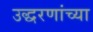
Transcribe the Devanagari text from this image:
उद्धरणांच्या